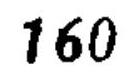
$160$